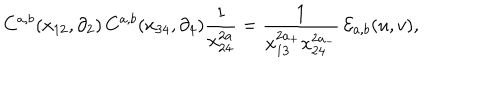
C ^ { a , b } ( x _ { 1 2 } , \partial _ { 2 } ) \, C ^ { a , b } ( x _ { 3 4 } , \partial _ { 4 } ) \frac { 1 } { x _ { 2 4 } ^ { 2 a } } = \frac { 1 } { x _ { 1 3 } ^ { 2 a _ { + } } x _ { 2 4 } ^ { 2 a _ { - } } } \, { \cal { E } } _ { a , b } ( u , v ) ,